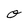
Character: O